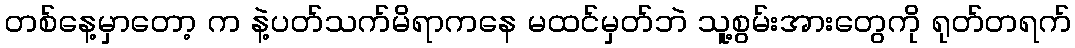
တစ်နေ့မှာတော့ က နဲ့ပတ်သက်မိရာကနေ မထင်မှတ်ဘဲ သူ့စွမ်းအားတွေကို ရုတ်တရက်